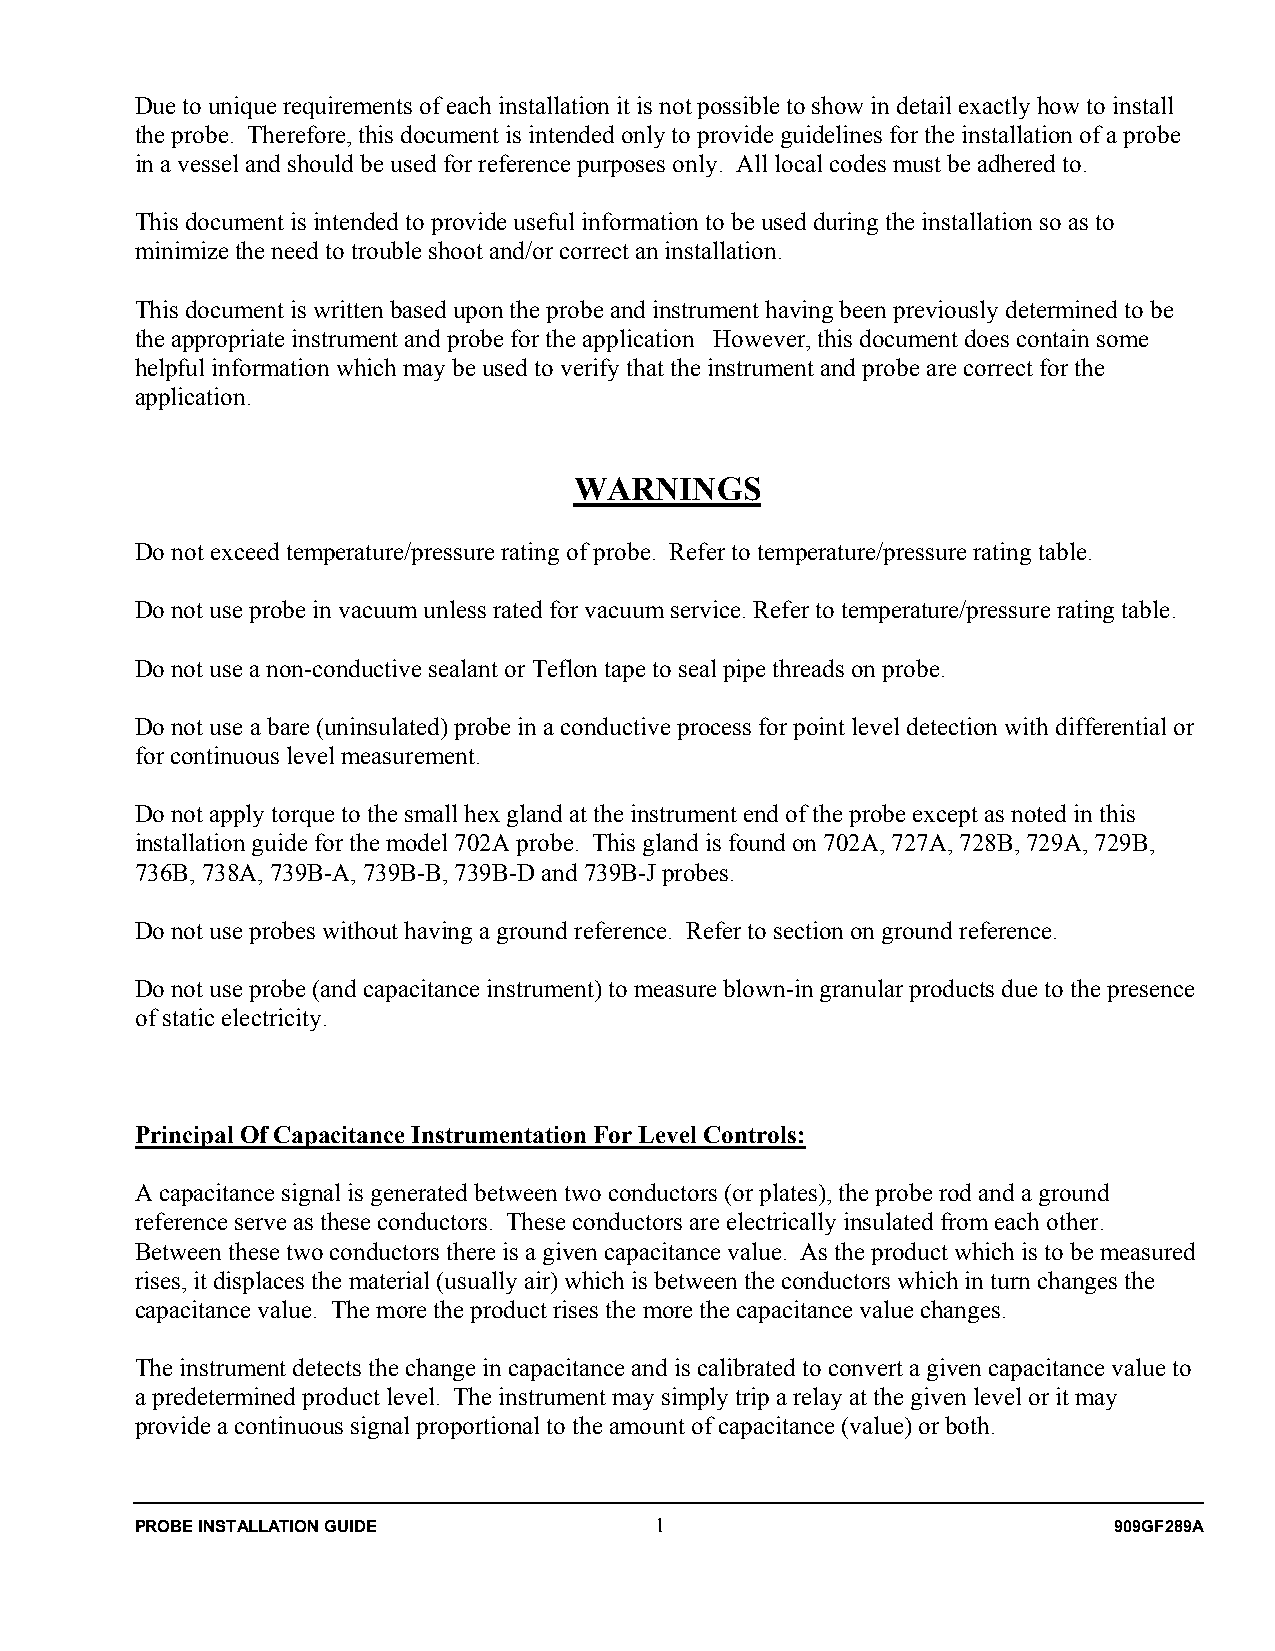
Due to unique requirements of each installation it is not possible to show in detail exactly how to install
 the probe. Therefore, this document is intended only to provide guidelines for the installation of a probe
 in a vessel and should be used for reference purposes only. All local codes must be adhered to.
 This document is intended to provide useful information to be used during the installation so as to
 minimize the need to trouble shoot and/or correct an installation.
 This document is written based upon the probe and instrument having been previously determined to be
 the appropriate instrument and probe for the application However, this document does contain some
 helpful information which may be used to verify that the instrument and probe are correct for the
 application.
 WARNINGS
 Do not exceed temperature/pressure rating of probe. Refer to temperature/pressure rating table.
 Do not use probe in vacuum unless rated for vacuum service. Refer to temperature/pressure rating table.
 Do not use a non-conductive sealant or Teflon tape to seal pipe threads on probe.
 Do not use a bare (uninsulated) probe in a conductive process for point level detection with differential or
 for continuous level measurement.
 Do not apply torque to the small hex gland at the instrument end of the probe except as noted in this
 installation guide for the model 702A probe. This gland is found on 702A, 727A, 728B, 729A, 729B,
 736B, 738A, 739B-A, 739B-B, 739B-D and 739B-J probes.
 Do not use probes without having a ground reference. Refer to section on ground reference.
 Do not use probe (and capacitance instrument) to measure blown-in granular products due to the presence
 of static electricity.
 Principal Of Capacitance Instrumentation For Level Controls:
 A capacitance signal is generated between two conductors (or plates), the probe rod and a ground
 reference serve as these conductors. These conductors are electrically insulated from each other.
 Between these two conductors there is a given capacitance value. As the product which is to be measured
 rises, it displaces the material (usually air) which is between the conductors which in turn changes the
 capacitance value. The more the product rises the more the capacitance value changes.
 The instrument detects the change in capacitance and is calibrated to convert a given capacitance value to
 a predetermined product level. The instrument may simply trip a relay at the given level or it may
 provide a continuous signal proportional to the amount of capacitance (value) or both.
 PROBE INSTALLATION GUIDE          1                              909GF289A